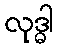
လုဒ္ဓါ